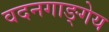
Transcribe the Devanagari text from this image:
वदनगाङ्गेय